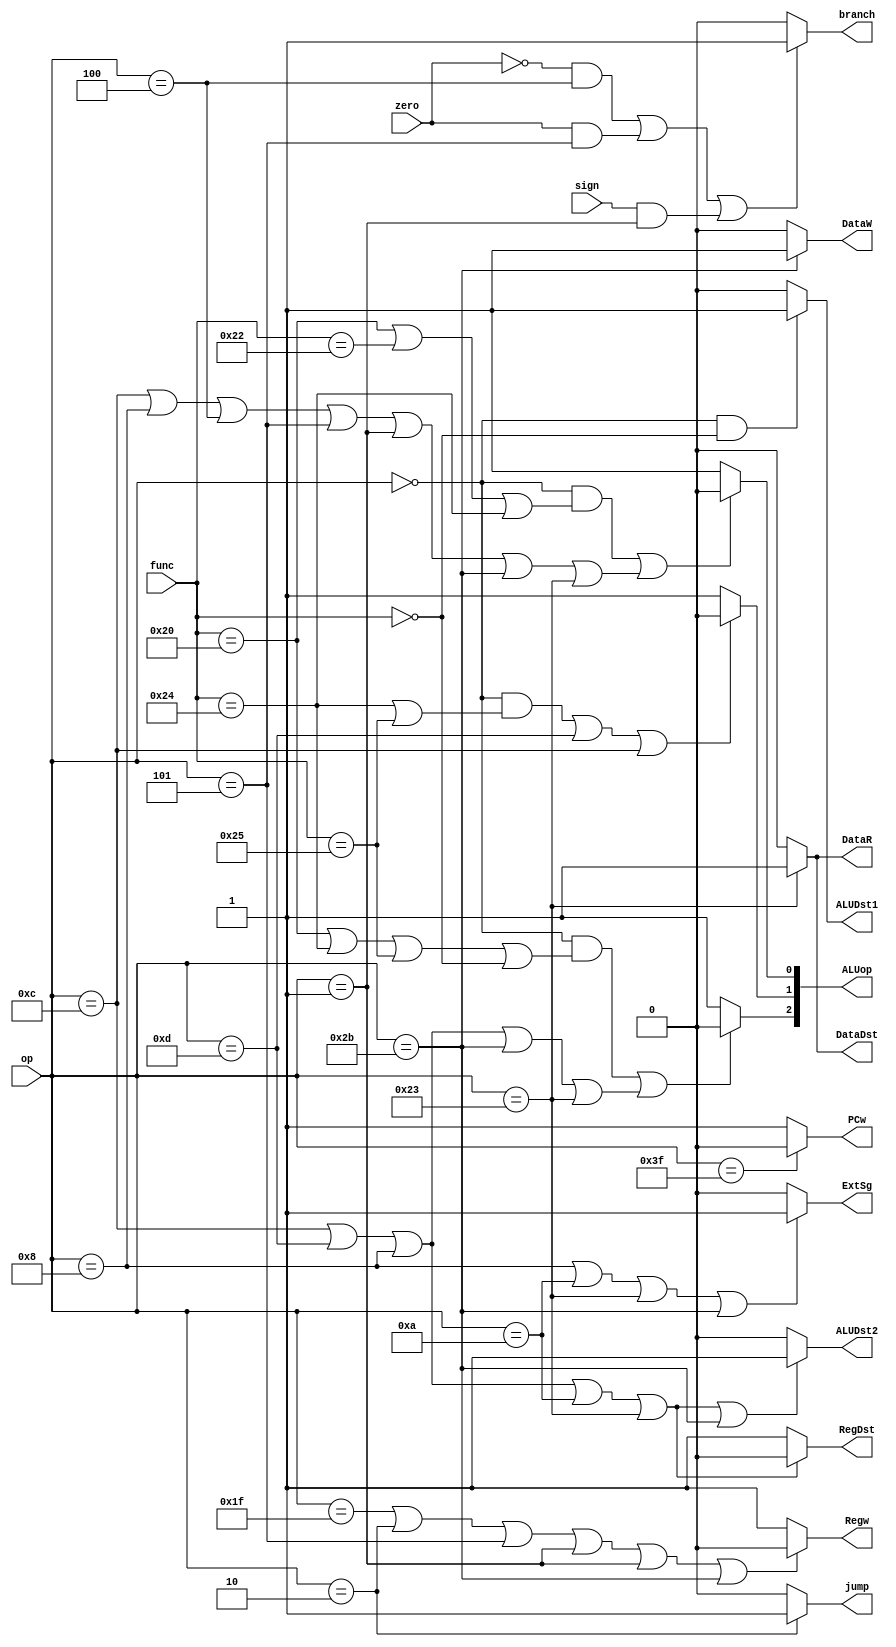
//Control.v
module Control
(
  input [5:0] op,func,
  input zero,sign,
  output PCw,branch,jump,RegDst,Regw,ALUDst1,ALUDst2,ExtSg,DataR,DataW,DataDst,
  output [2:0] ALUop
);
  assign PCw = (op==6'b111111)?0:1;
  assign jump = (op==6'b000010)?1:0;
  assign branch = ((zero==0&&op==6'b000100)||(zero!=0&&op==6'b000101)||(sign!=0&&op==6'b000001))?1:0;
  
  assign RegDst = (op==6'b001100||op==6'b001101||op==6'b001000||op==6'b01010||op==6'b100011)?0:1;//rt,rd
  assign ALUDst1 = (op==6'b000000&&func==6'b000000)?1:0;
  assign ALUDst2 = (op==6'b001100||op==6'b001101||op==6'b001000||op==6'b01010||op==6'b100011||op==6'b101011)?1:0;//imme
  assign ExtSg = (op==6'b001000||op==6'b01010||op==6'b100011||op==6'b101011)?1:0;//extend
  assign DataR = (op==6'b100011)?1:0;
  assign DataW = (op==6'b101011)?1:0;
  assign DataDst = (op==6'b100011)?1:0;
  assign Regw = (op==6'b11111||op==6'b000010||op==6'b000101||op==6'b000001||op==6'b000001||op==6'b101011)?0:1;
  
  assign ALUop[2] = (((op==6'b000000)&&(func==6'b100000||func==6'b100100||func==6'b100101||func==6'b000000))||
                     ((op==6'b001100)||(op==6'b001101)||(op==6'b001000)||(op==6'b101011)||(op==6'b100011)))?0:1;
  assign ALUop[1] = (((op==6'b000000)&&(func==6'b100100||func==6'b100101))||(op==6'b001101)||(op==6'b001100))?0:1;
  assign ALUop[0] = (((op==6'b000000)&&(func==6'b100000||func==6'b100010||func==6'b100100))||
                     ((op==6'b001100)||(op==6'b001000)||(op==6'b000100)||(op==6'b000101)||
                     (op==6'b000001)||(op==6'b101011)||(op==6'b100011)))?0:1;  
  
endmodule